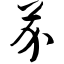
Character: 芥